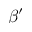
\beta ^ { \prime }